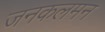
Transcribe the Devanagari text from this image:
जनकलमन